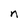
Character: n